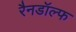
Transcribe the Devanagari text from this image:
रैनडॉल्फ